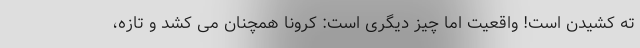
ته کشیدن است! واقعیت اما چیز دیگری است: کرونا همچنان می کُشد و تازه،